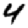
Digit: 4